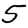
Digit: 5